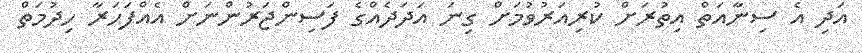
އަދި އެ ސިނާއަތް އިތުރަށް ކުރިއަރުވުމަށް ގިނަ އަދަދެއްގެ ފަސިންޖަރުންނަށް އެއްފަހަރާ ހިދުމަތް